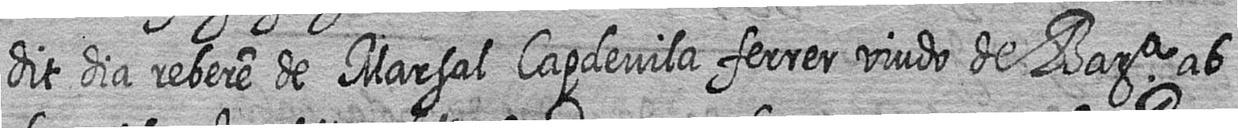
dit dia rebere de Marsal Capdevila ferrer viudo de Bara ab